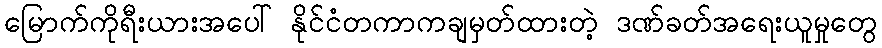
မြောက်ကိုရီးယားအပေါ် နိုင်ငံတကာကချမှတ်ထားတဲ့ ဒဏ်ခတ်အရေးယူမှုတွေ